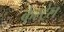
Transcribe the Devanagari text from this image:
केस्ट्रेल